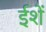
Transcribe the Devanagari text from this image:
ईशें